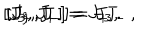
LaTeX: { [ } J _ { 3 } , J _ { + } { ] } = J _ { + } \, , \hspace { . 3 c m } { [ } J _ { 3 } , J _ { - } { ] } = - J _ { - } \, , \hspace { . 3 c m } { [ } J _ { + } , J _ { - } { ] } = J _ { 3 } \, .